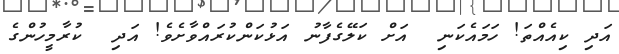
އަދި ކިއެއްތަ! ހަމައެކަނި  އަށް ކަލޭގެފާނު އަޅުކަންކުރައްވާށެވެ! އަދި  ކުރާމީހުންގެ